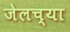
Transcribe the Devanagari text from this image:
जेलच्या